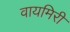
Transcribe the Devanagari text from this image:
वायमिरी